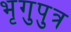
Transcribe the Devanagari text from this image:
भृगुपुत्र